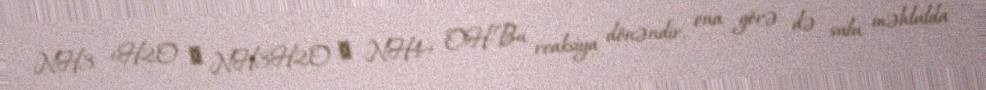
NH3 +H2O ↔ NH3H2O ↔ NH4+ OH-Bu reaksiya dönəndir, ona görə də sulu məhlulda